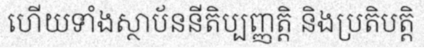
ហើយទាំងស្ថាប័ននីតិប្បញ្ញត្តិ និងប្រតិបត្តិ